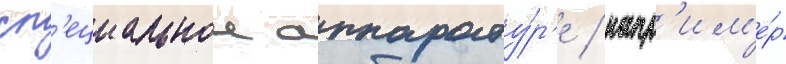
сп'ециальнои аппарату́р'е / напр'им'е́р